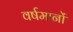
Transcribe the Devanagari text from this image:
वर्षमानों